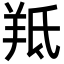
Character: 羝